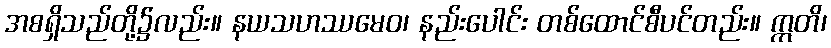
အစရှိသည်တို့၌လည်း။ နယသဟဿမေဝ၊ နည်းပေါင်း တစ်ထောင်စီပင်တည်း။ ဣတိ၊